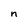
Character: n